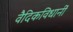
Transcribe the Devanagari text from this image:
वैदिकविधानीं